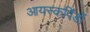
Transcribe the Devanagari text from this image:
आयस्कपिंडों